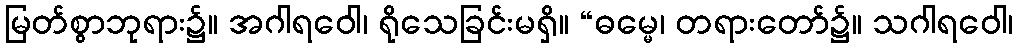
မြတ်စွာဘုရား၌။ အဂါရဝေါ၊ ရိုသေခြင်းမရှိ။ “ဓမ္မေ၊ တရားတော်၌။ သဂါရဝေါ၊